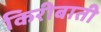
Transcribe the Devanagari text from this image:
किरीबाती